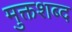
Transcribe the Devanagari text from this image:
मुक्तशब्द